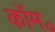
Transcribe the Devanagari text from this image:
कॉम॰